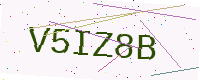
Text: V5IZ8B